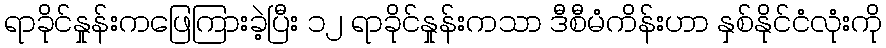
ရာခိုင်နှုန်းကဖြေကြားခဲ့ပြီး ၁၂ ရာခိုင်နှုန်းကသာ ဒီစီမံကိန်းဟာ နှစ်နိုင်ငံလုံးကို